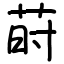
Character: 莳